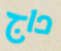
داج